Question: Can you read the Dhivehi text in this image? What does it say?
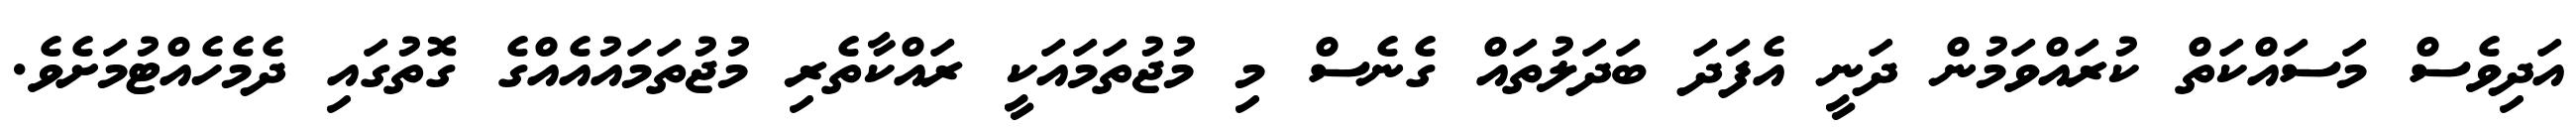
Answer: އަދިވެސް މަސައްކަތް ކުރައްވަމުން ދަނީ އެފަދަ ބަދަލުތައް ގެނެސް މި މުޖުތަމައަކީ ރައްކާތެރި މުޖުތަމައުއެއްގެ ގޮތުގައި ދެމެހެއްޓުމަށެވެ.